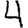
Digit: 4